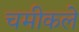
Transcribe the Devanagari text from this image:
चमीकले